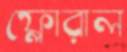
ফ্লোরাল